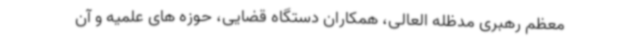
معظم رهبری مدظله العالی، همکاران دستگاه قضایی، حوزه های علمیه و آن